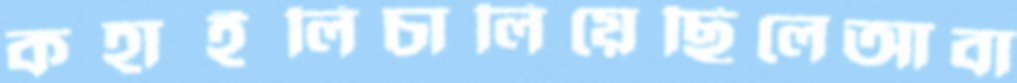
কহাইলিচালিয়েছিলেআবা